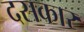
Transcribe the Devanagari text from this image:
दसकार